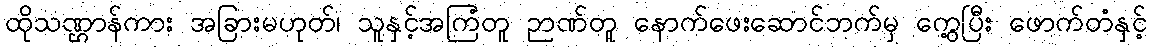
ထိုသဏ္ဌာန်ကား အခြားမဟုတ်၊ သူနှင့်အကြံတူ ဉာဏ်တူ နောက်ဖေးဆောင်ဘက်မှ ကွေ့ပြီး ဖောက်တံနှင့်